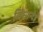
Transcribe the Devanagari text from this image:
मिसान्देई